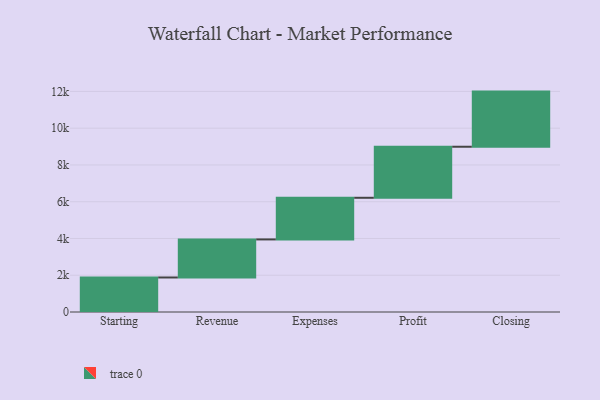
{"axis": {"x": "Step", "y": "Value"}, "legend": [""], "data": [{"x": "Starting", "y": 1878.0, "type": ""}, {"x": "Revenue", "y": 2071.0, "type": ""}, {"x": "Expenses", "y": 2265.0, "type": ""}, {"x": "Profit", "y": 2777.0, "type": ""}, {"x": "Closing", "y": 3000, "type": ""}]}